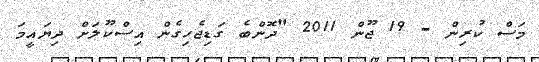
މަސް ކުރިން - 19 ޖޫން 2011 "ދޮންބެ ގަޑިޖެހިގެން އިސްކޫލަށް ދިޔައީމަ